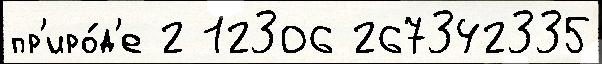
пр'иро́д'е 2 12306 267342335